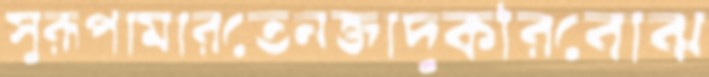
সুরূপামারতেনজাদুকরিবোঝ